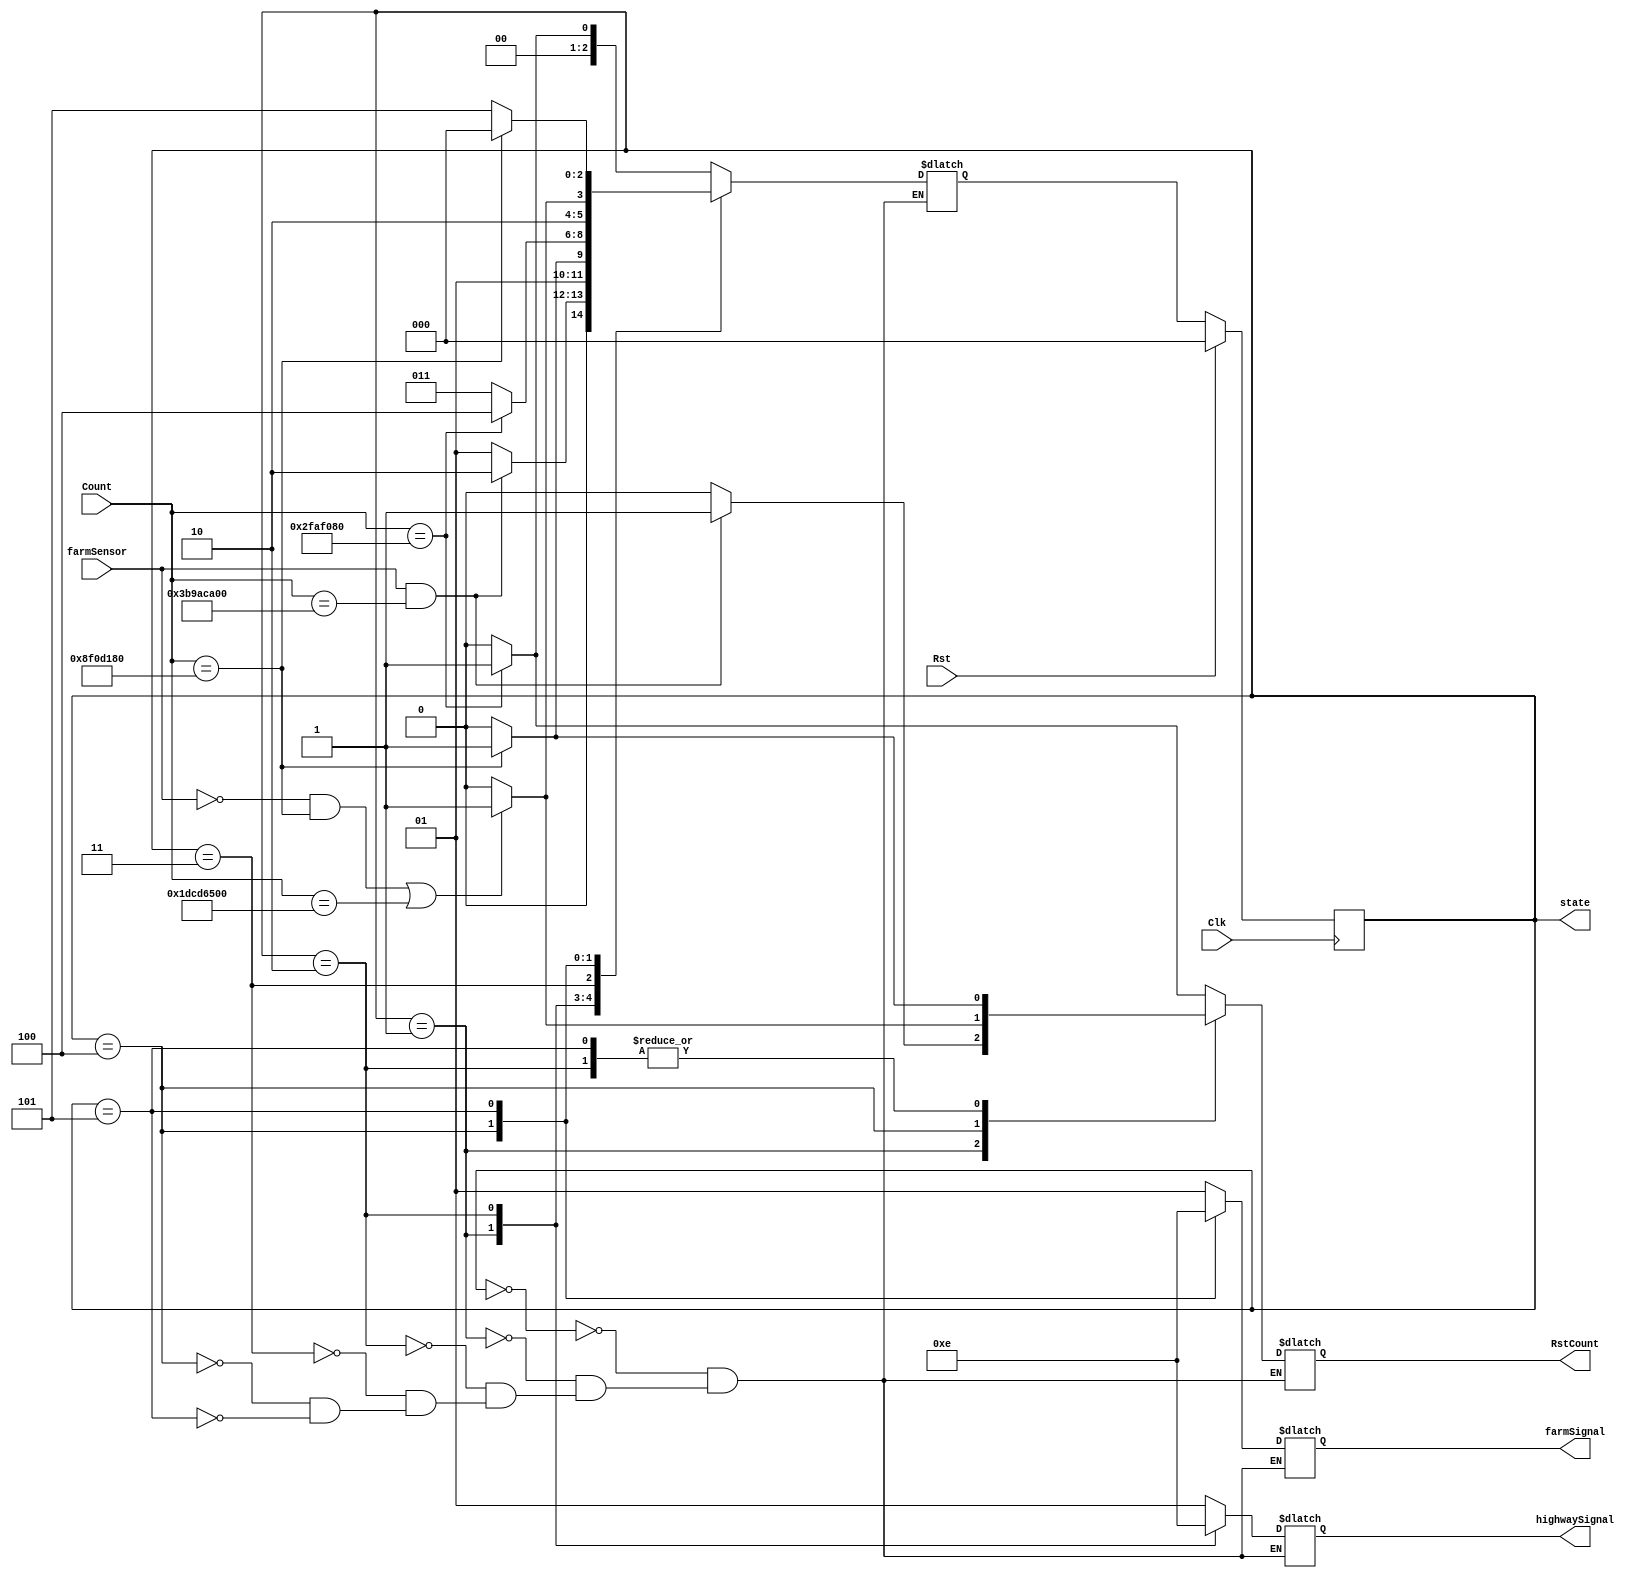
`default_nettype none
`timescale 1ns / 1ns

module tlc_fsm(
	output reg[2:0] state, // declare output variables
	output reg RstCount,
	output reg[1:0] highwaySignal, farmSignal,
	input wire[30:0] Count, // delcare input variables
	input wire Clk, Rst,
	input wire farmSensor
);

reg [2:0] nextState; // declare states
parameter S0 = 3'b000,
		  S1 = 3'b001,
		  S2 = 3'b010,
		  S3 = 3'b011,
		  S4 = 3'b100,
		  S5 = 3'b101;
		  
	always@(Count) // at any count
		case(state)
			S0: begin // begin state one
				highwaySignal <= 2'b01; // signal red
				farmSignal <= 2'b01; // signal red
				// 1 sec transition to S1
				if(Count == 50000000*1)begin
					nextState <=S1;
					RstCount <= 1;
					end
				else
					begin
					RstCount = 0;
					nextState <= S0;
					end
			end
			S1: begin
				highwaySignal <= 2'b11; // signal green 
				farmSignal <= 2'b01; // signal red
				// 20 sec transition to S1
				if(farmSensor == 1 && Count == 50000000*20)begin
					nextState <=S2;
					RstCount <= 1;
					end
				else
					begin
					RstCount = 0;
					nextState <= S1;
					end
			end
			S2: begin
				highwaySignal <= 2'b10; // signal yellow
				farmSignal <= 2'b01; // signal red
				// 3 sec transition to S1
				if(Count == 50000000*3)begin
					nextState <=S3;
					RstCount <= 1;
					end
				else
					begin
					RstCount = 0;
					nextState <= S2;
					end
			end
			S3: begin
				highwaySignal <= 2'b01; // signal red
				farmSignal <= 2'b01; // signal red
				// 1 sec transition to S1
				if(Count == 50000000*1)begin
					nextState <=S4;
					RstCount <= 1;
					end
				else
					begin
					RstCount = 0;
					nextState <= S3;
					end
			end
			S4: begin
				highwaySignal <= 2'b01; // signal red
				farmSignal <= 2'b11; // signal green
				// 10 sec transition to S1 or 3 sec and sensor = 0
				if((farmSensor == 0 && Count == 50000000*3) || Count == 50000000*10)begin
					nextState <=S5;
					RstCount <= 1;
					end
				else
					begin
					RstCount = 0;
					nextState <= S4;
					end
			end
			S5: begin
				highwaySignal <= 2'b01; // signal red
				farmSignal <= 2'b10; // signal yellow
				// 3 sec transition to S0
				if(Count == 50000000*3)begin
					nextState <=S0;
					RstCount <= 1;
					end
				else
					begin
					RstCount = 0;
					nextState <= S5;
					end
			end
			
		endcase
	always@(posedge Clk)
		if(Rst)
			state <= S0; // goes to red red
		else
			state <=nextState; // transition to the next state
endmodule